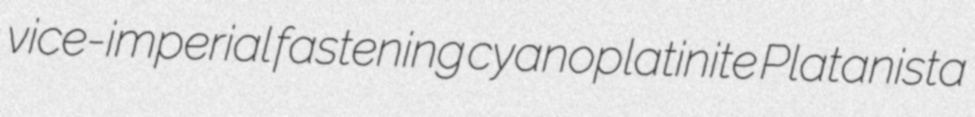
vice-imperial fastening cyanoplatinite Platanista